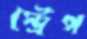
স্ট্রেপ